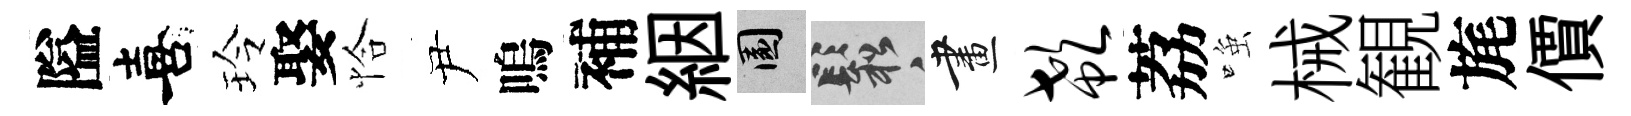
隘喜玲娶恰尹嗚補絪園鬆畫欷荔𫪻械観旄價